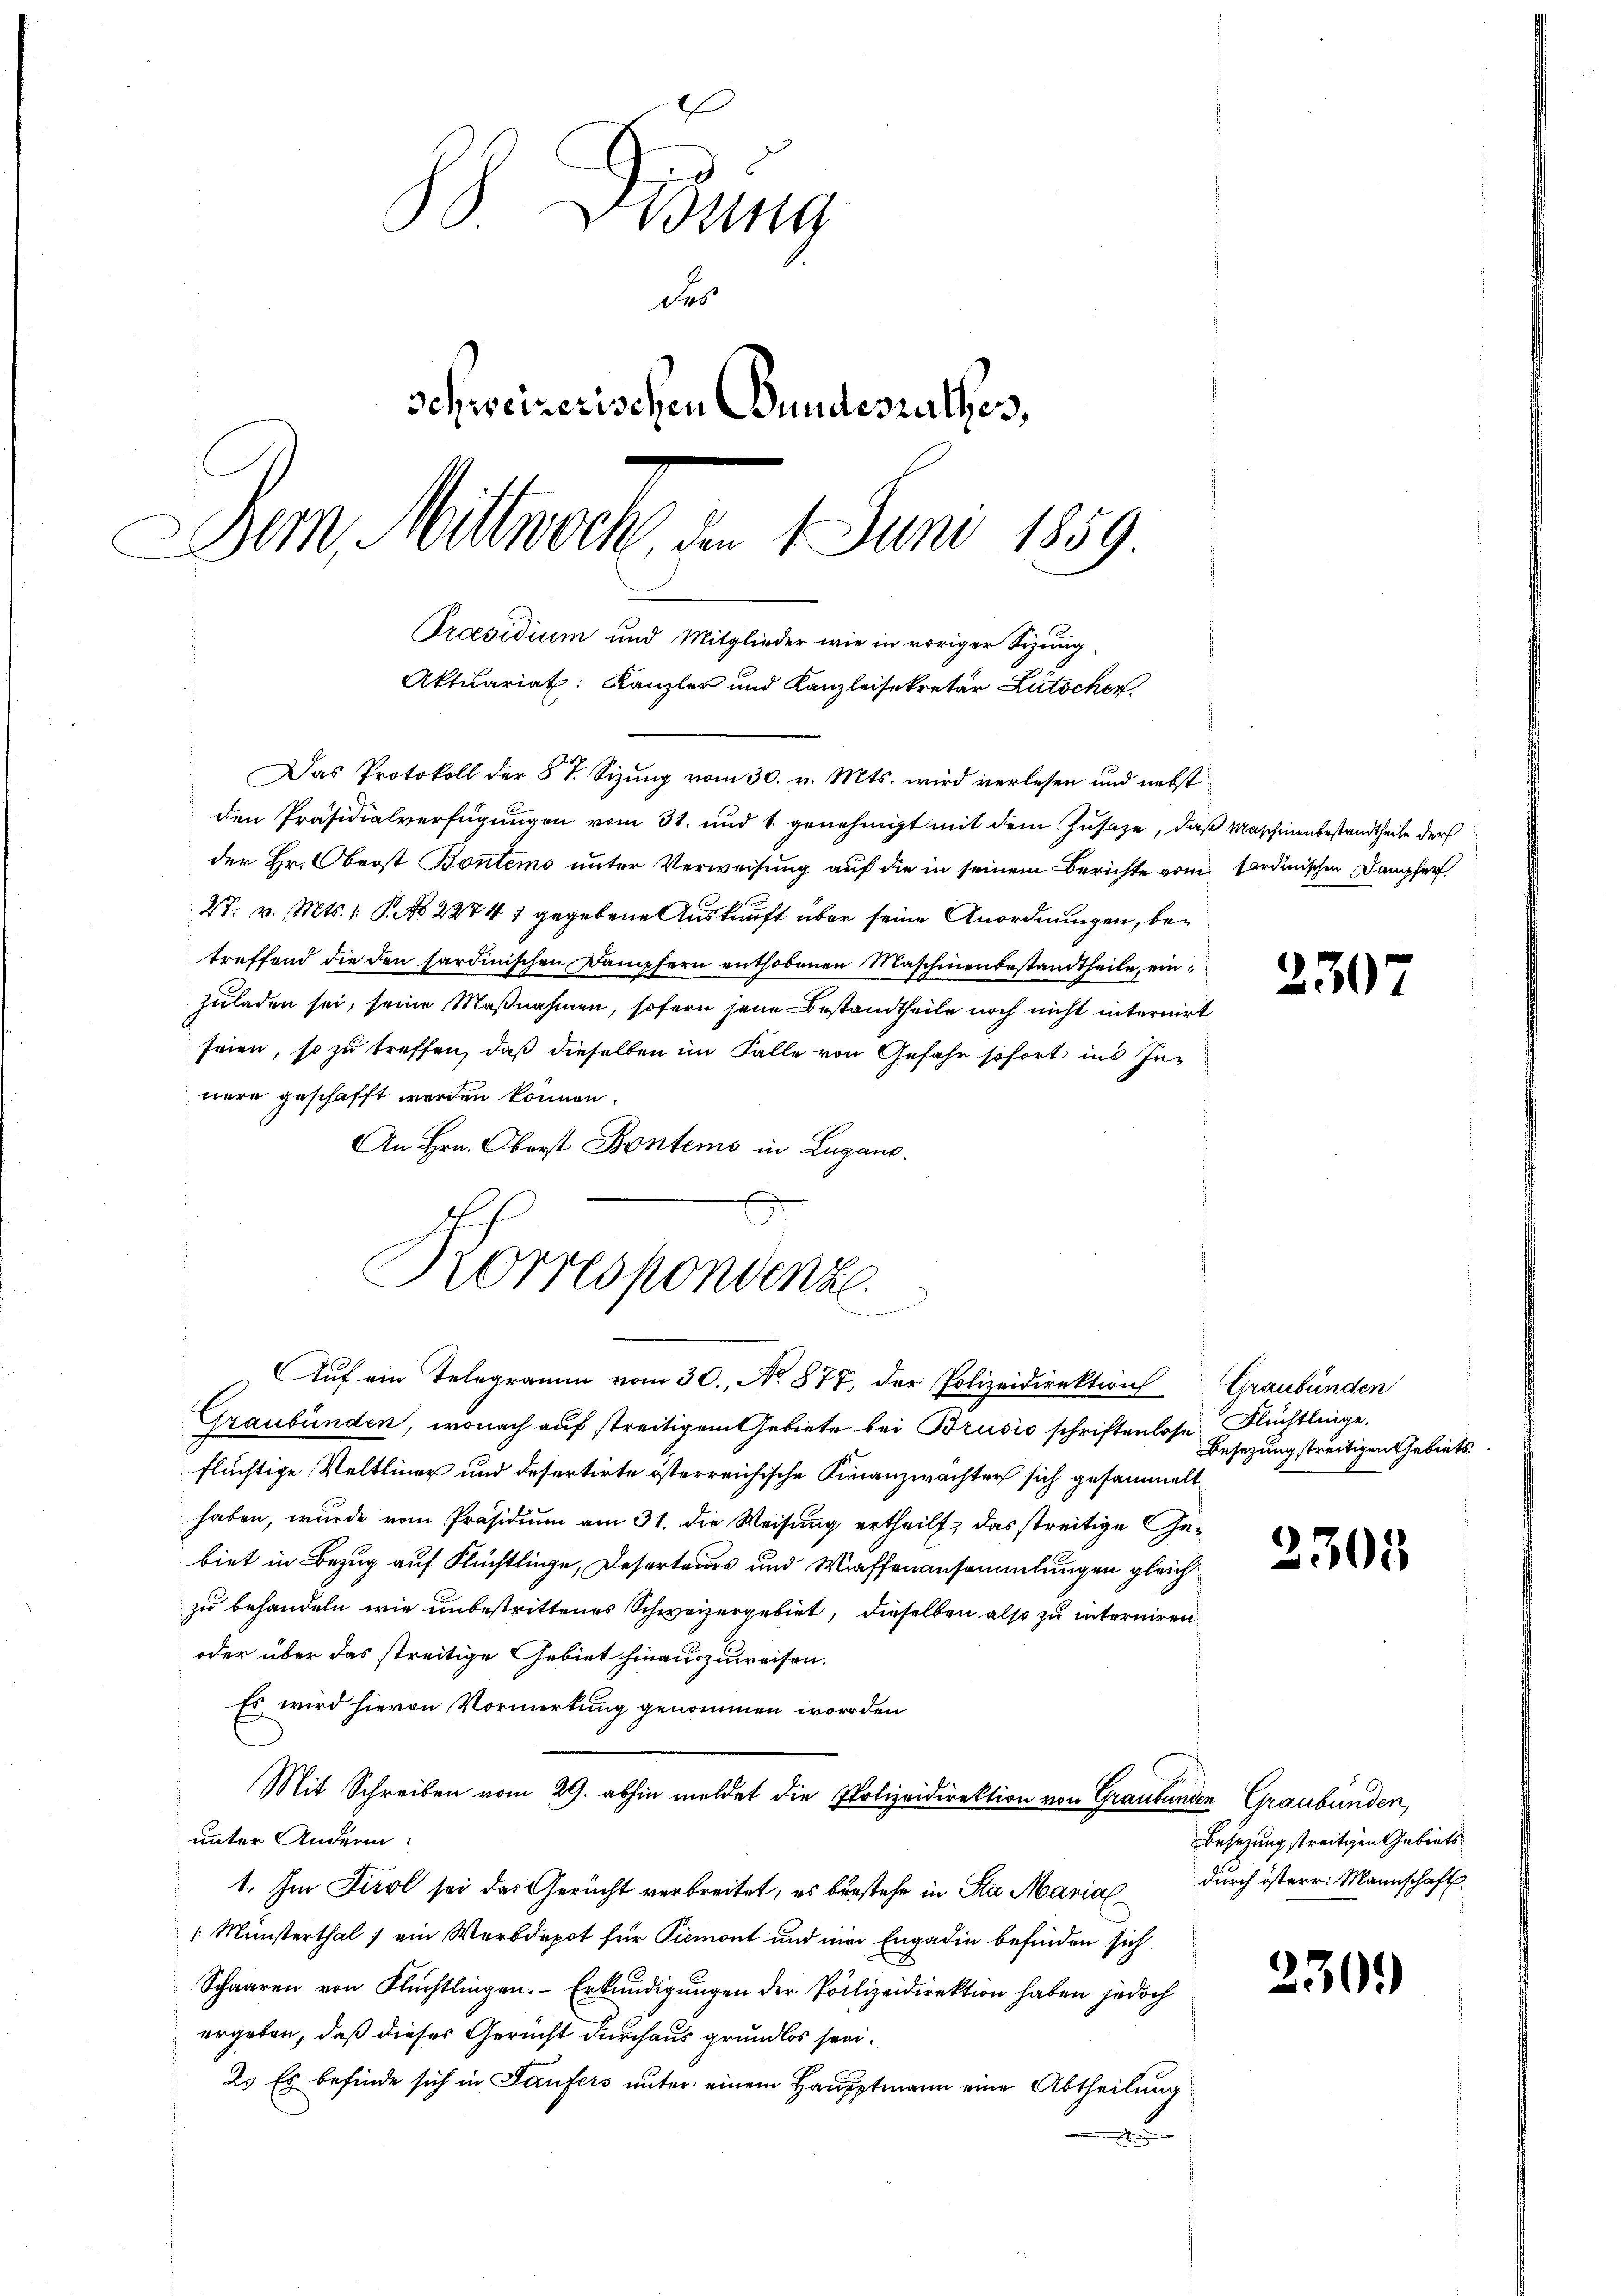
88 Didung
des
schweizerischen Bundesrathes,
Dem Mittwoch, den 1. Juni 1859
Praesidium und Mitglieder wie in voriger Sizung,

Korrespondenze
e

Aktuariat: Kanzler und Kanzleisekretär Lütschen.
Das Protokoll der § 7. Sizung vom 30. v. Mts. wird verlesen und nebst

den Präsidialverfügungen vom 31. und 1 genehmigt mit dem Zusaze, daß Maschinenbestandtheile der
der Hr. Oberst Bontems unter Verweisung auf die in seinem Berichte vom Nordinischen Dampfer
27. v. Mts. 1 S. 22741 gegebene Auskunft über seine Anordnungen, betreffend die den sardinischen Dampfern enthobenen Maschinenbestandtheile, einzuladen sei, seine Maßnahmen, sofern jene Bestandtheile noch nicht internirt
seien, so zu treffen, daß dieselben im Falle von Gefahr sofort ins Innere geschafft werden können.
An Hrn. Oberst Bontems in Lugano.
Auf ein Telegramm vom 30. No. 877, der Polizeidirektion
Graubünden, wonach auf streitigem Gebiete bei Brusio schriftenlose Flüchtlinge.
flüchtige Veltliner und desertirte österreichische Finanzwachter sich gesammelt
haben, wurde vom Präsidium am 31. die Weisung ertheilt, das streitige Gebiet in Bezug auf Flüchtlinge, Deserteurs und Waffenansammlungen gleich
zu behandeln wie unbestrittenes Schweizergebiet, dieselben also zu interniren
oder über das streitige Gebiet hinauszuweisen.
Es wird hievon Vormerkung genommen worden
Mit Schreiben vom 29. abhin meldet die Polizeidirektion von Graubünden Graubünden,
unter Andere
1. Im Tirol sei das Gericht verbreitet, es bestehe in Sta Maria durch österr. Mannschaft.
Münsterthal 1 ein Werbdepot für Piemont und ein Engadin befinden sich
Schaaren von Flüchtlingen. Erkundigungen der Polizeidirektion haben jedoch
ergeben, daß dieses Gericht durchaus grundlos sei¬
2. Es befinde sich in Saufers unter einem Haupptmann eine Abtheilung
a

2307

Graubünden
Besetzung streitigen Gebiets¬

2301

Besezung streitigen Gebiets

230.